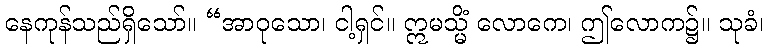
နေကုန်သည်ရှိသော်။ “အာဝုသော၊ ငါ့ရှင်။ ဣမသ္မိံ လောကေ၊ ဤလောက၌။ သုခံ၊